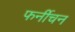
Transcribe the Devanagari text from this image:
फर्नीचन